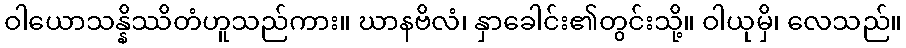
ဝါယောသန္နိဿိတံဟူသည်ကား။ ဃာနဗိလံ၊ နှာခေါင်း၏တွင်းသို့။ ဝါယုမှိ၊ လေသည်။